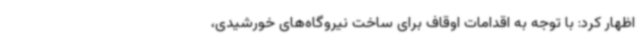
اظهار کرد: با توجه به اقدامات اوقاف برای ساخت نیروگاه‌های خورشیدی،